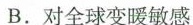
B.对全球变暖敏感